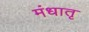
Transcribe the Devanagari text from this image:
मंधातृ